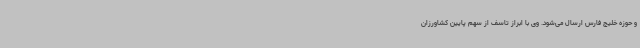
و حوزه خلیج فارس ارسال می‌شود. وی با ابراز تاسف از سهم پایین کشاورزان